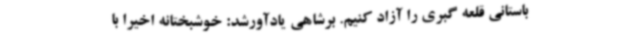
باستانی قلعه گبری را آزاد کنیم. برشاهی یادآورشد: خوشبختانه اخیرا با